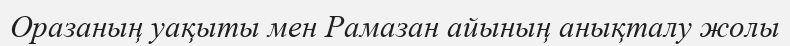
Оразаның уақыты мен Рамазан айының анықталу жолы